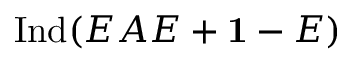
\mathrm { I n d } ( E A E + { \bf 1 } - E )